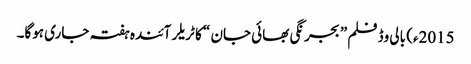
2015ء) بالی وڈ فلم ” بجرنگی بھائی جان “ کا ٹریلر آئندہ ہفتہ جاری ہوگا۔